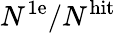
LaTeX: N^{\mathrm{1e}}/N^{\mathrm{hit}}